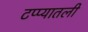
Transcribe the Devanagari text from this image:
टप्प्यातली